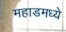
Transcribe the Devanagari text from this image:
महाडमध्ये